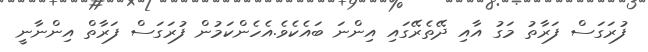
ފުރަގަސް ފަރާތު މަގު އާއި ދޭތެރޭގައި އިންނަ ބައެކެވެ.އެހެންކަމުން ފުރަގަސް ފަރާތް އިންނާނީ